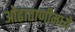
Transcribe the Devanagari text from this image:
ओढाताणीमध्ये